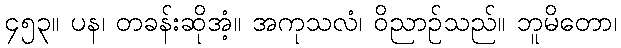
၄၅၃။ ပန၊ တခန်းဆိုအံ့။ အကုသလံ၊ ဝိညာဉ်သည်။ ဘူမိတော၊